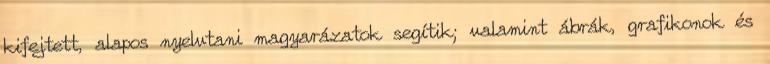
kifejtett, alapos nyelvtani magyarázatok segítik; valamint ábrák, grafikonok és